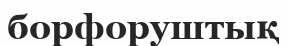
борфоруштық